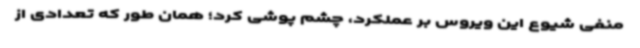
منفی شیوع این ویروس بر عملکرد، چشم پوشی کرد؛ همان طور که تعدادی از